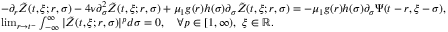
\begin{array} { r l } & { - \partial _ { r } \tilde { Z } ( t , \xi ; r , \sigma ) - 4 \nu \partial _ { \sigma } ^ { 2 } \tilde { Z } ( t , \xi ; r , \sigma ) + \mu _ { 1 } g ( r ) h ( \sigma ) \partial _ { \sigma } \tilde { Z } ( t , \xi ; r , \sigma ) = - \mu _ { 1 } g ( r ) h ( \sigma ) \partial _ { \sigma } \Psi ( t - r , \xi - \sigma ) , } \\ & { \operatorname* { l i m } _ { r \rightarrow t ^ { - } } \int _ { - \infty } ^ { \infty } | \tilde { Z } ( t , \xi ; r , \sigma ) | ^ { p } d \sigma = 0 , \quad \forall p \in [ 1 , \infty ) , \ \xi \in \mathbb { R } . } \end{array}